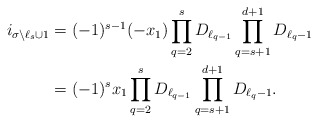
\begin{align*}i_{\sigma \setminus \ell_{s} \cup 1}&=(-1)^{s-1}(-x_1)\prod_{q=2}^{s}{D_{\ell_{q-1}}}\prod_{q=s+1}^{d+1}{D_{\ell_q-1}} \\&=(-1)^{s}x_1\prod_{q=2}^{s}{D_{\ell_{q-1}}}\prod_{q=s+1}^{d+1}{D_{\ell_q-1}}. \end{align*}